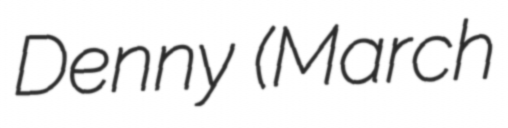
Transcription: Denny (March